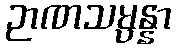
ဉာဏသမ္ပန္နာ